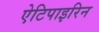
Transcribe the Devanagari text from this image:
ऐटिपाइरिन